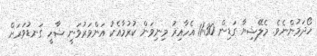
ހޯދަމުންނެވެ. މެލޭޝިޔާ ގަޑިން 11:30 އެހާއިރު މިނިވަން ކުރުމާއެކު އަންވަރުވަނީ ޝާހީ ގަނޑުވަރަށް